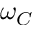
\omega _ { C }